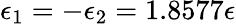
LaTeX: \epsilon_{1}=-\epsilon_{2}=1.8577\epsilon